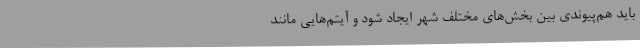
باید هم‌پیوندی بین بخش‌های مختلف شهر ایجاد شود و آیتم‌هایی مانند